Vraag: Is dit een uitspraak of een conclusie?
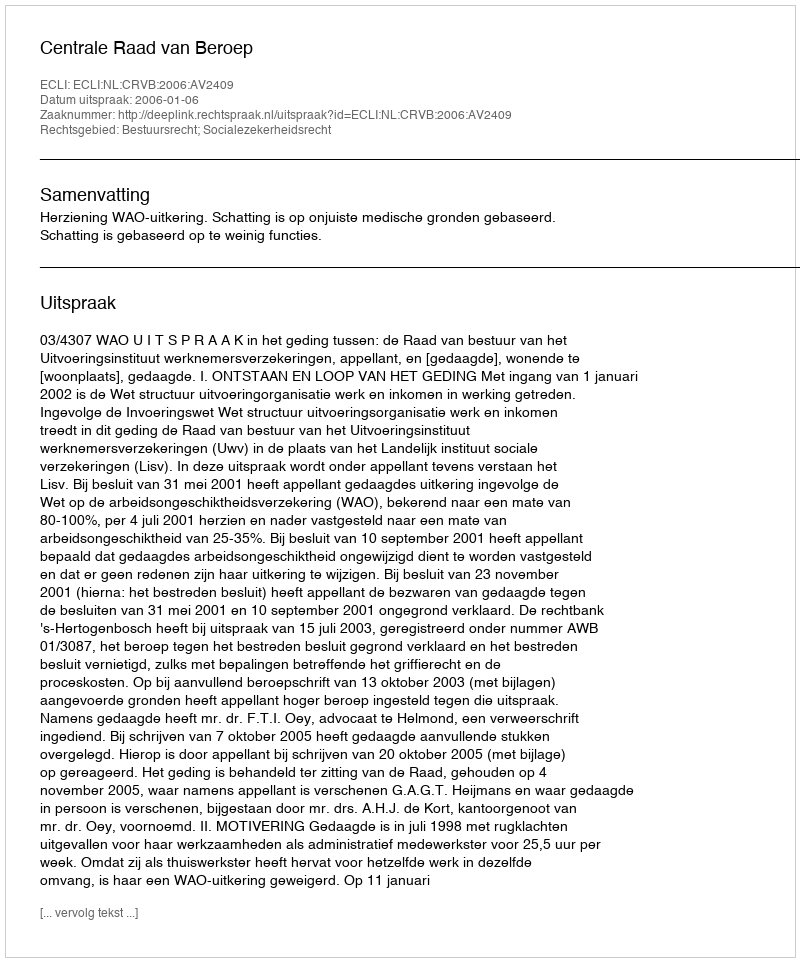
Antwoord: Uitspraak